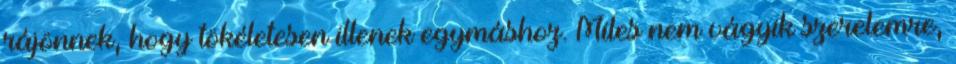
rájönnek, hogy tökéletesen illenek egymáshoz. Miles nem vágyik szerelemre,